Vaccination report Assam 1874-1896 - 1874-1896
Year: 1874
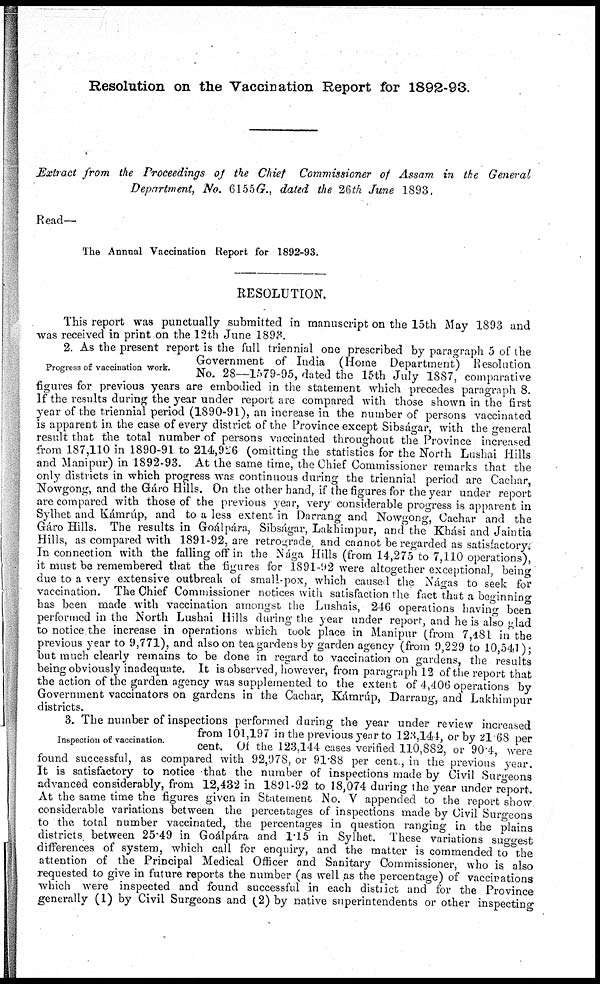
Resolution on the Vaccination Report for 1892-93.
Extract from the Proceedings of the Chief Commissioner of Assam in the General
Department, No. 6155G., dated the 26th June 1893,
Read—
The Annual Vaccination Report for 1892-93.
RESOLUTION.
This report was punctually submitted in manuscript on the 15th May 1893 and
was received in print on the 12th June 1893.
Progress of vaccination work.
2. As the present report is the full triennial one prescribed by paragraph 5 of the
Government of India (Home Department) Resolution
No. 28—1579-95, dated the 15th July 1887, comparative
figures for previous years are embodied in the statement which precedes paragraph 8.
If the results during the year under report are compared with those shown in the first
year of the triennial period (1890-91), an increase in the number of persons vaccinated
is apparent in the case of every district of the Province except Sibságar, with the general
result that the total number of persons vaccinated throughout the Province increased
from 187,110 in 1890-91 to 214,926 (omitting the statistics for the North Lushai Hills
and Manipur) in 1892-93. At the same time, the Chief Commissioner remarks that the
only districts in which progress was continuous during the triennial period are Cachar,
Nowgong, and the Gáro Hills. On the other hand, if the figures for the year under report
are compared with those of the previous year, very considerable progress is apparent in
Sylhet and Kámrúp, and to a less extent in Darrang and Nowgong, Cachar and the
Gáro Hills. The results in Goálpára, Sibságar, Lakhimpur, and the Khási and Jaintia
Hills, as compared with 1891-92, are retrograde, and cannot be regarded as satisfactory.
In connection with the falling off in the Nága Hills (from 14,275 to 7,110 operations),
it must be remembered that the figures for 1891-92 were altogether exceptional, being
due to a very extensive outbreak of small-pox, which caused the Nágas to seek for
vaccination. The Chief Commissioner notices with satisfaction the fact that a beginning
has been made with vaccination amongst the Lushais, 246 operations having been
performed in the North Lushai Hills during the year under report, and he is also glad
to notice the increase in operations which took place in Manipur (from 7,481 in the
previous year to 9,771), and also on tea gardens by garden agency (from 9,229 to 10,541);
but much clearly remains to be done in regard to vaccination on gardens, the results
being obviously inadequate. It is observed, however, from paragraph 12 of the report that
the action of the garden agency was supplemented to the extent of 4,406 operations by
Government vaccinators on gardens in the Cachar, Kámrúp, Darrang, and Lakhimpur
districts.
Inspection of vaccination.
3. The number of inspections performed during the year under review increased
from 101,197 in the previous year to 123,144, or by 21.68 per
cent. Of the 123,144 cases verified 110,882, or 90.4, were
found successful, as compared with 92,978, or 91.88 per cent, in the previous year.
It is satisfactory to notice that the number of inspections made by Civil Surgeons
advanced considerably, from 12,432 in 1891-92 to 18,074 during the year under report.
At the same time the figures given in Statement No. V appended to the report show
considerable variations between the percentages of inspections made by Civil Surgeons
to the total number vaccinated, the percentages in question ranging in the plains
districts between 25.49 in Goálpára and 1.15 in Sylhet. These variations suggest
differences of system, which call for enquiry, and the matter is commended to the
attention of the Principal Medical Officer and Sanitary Commissioner, who is also
requested to give in future reports the number (as well as the percentage) of vaccinations
which were inspected and found successful in each district and for the Province
generally (1) by Civil Surgeons and (2) by native superintendents or other inspecting